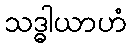
သဒ္ဓါယာဟံ